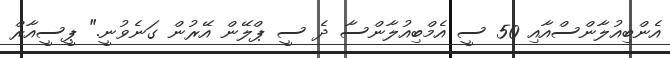
އެންބިއުލާންސްއާއި 50 ސީ އެމްބިއުލާންސާ ދެ ސީ ޕްލޭން އޭރުން ގަނެވުނީ." ޕީސީއާރް